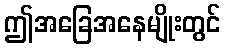
ဤအခြေအနေမျိုးတွင်